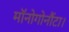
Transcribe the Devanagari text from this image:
मॉनोगोनौंटा।